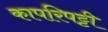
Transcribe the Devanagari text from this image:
कापरिपट्टी